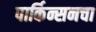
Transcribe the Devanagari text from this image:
पार्किन्सनचा